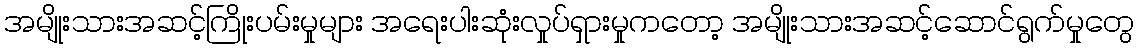
အမျိုးသားအဆင့်ကြိုးပမ်းမှုများ အရေးပါးဆုံးလှုပ်ရှားမှုကတော့ အမျိုးသားအဆင့်ဆောင်ရွက်မှုတွေ